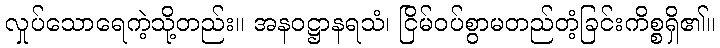
လှုပ်သောရေကဲ့သို့တည်း။ အနဝဋ္ဌာနရသံ၊ ငြိမ်ဝပ်စွာမတည်တံ့ခြင်းကိစ္စရှိ၏။